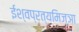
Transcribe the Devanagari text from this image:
ईश्वप्रत्यमिज्ञा